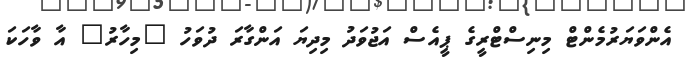
އެންވަޔަރުމެންޓް މިނިސްޓްރީގެ ޕީއެސް އަޖުވަދު މިދިޔަ އަންގާރަ ދުވަހު "މިހާރު" އާ ވާހަކަ